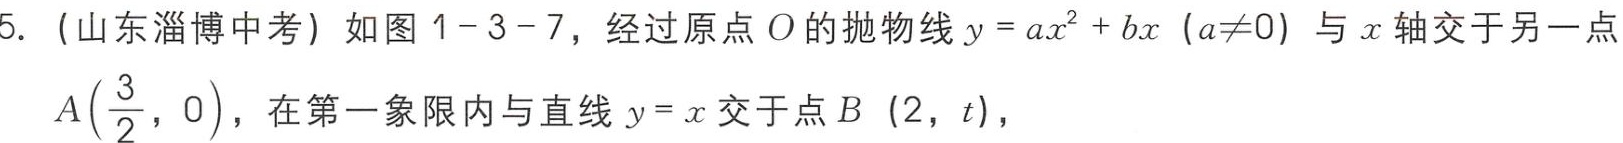
5. （山东淄博中考）如图1 - 3 - 7，经过原点\(O\)的抛物线\(y = ax^{2}+bx\ (a\neq0)\)与\(x\)轴交于另一点\(A\left(\dfrac{3}{2},0\right)\)，在第一象限内与直线\(y = x\)交于点\(B\ (2,t)\)，